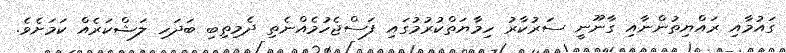
ގައުމާއި ރައްޔިތުންނާއި ގާނޫނީ ސަރުކާރު ހިމާޔަތްކުރުމުގައި ފަސްޖެހުމެއްނެތި ދެމިތިބި ބަދަހި ލަޝްކަރެއް ކަމަށެވެ.